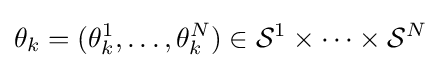
\theta _{k}=(\theta _{k}^{1},\ldots ,\theta _{k}^{N})\in {\mathcal {S}}^{1}\times \cdots \times {\mathcal {S}}^{N}